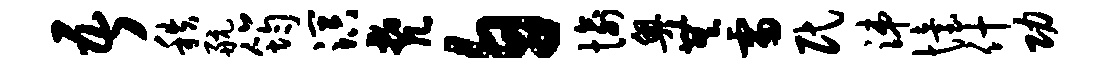
吾秩航筠溟梵自愉奥无雷民涕怡什功